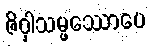
ဇိဝှါသမ္ဖဿောပေ